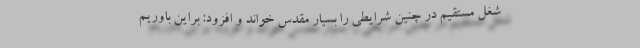
شغل مستقیم در چنین شرایطی را بسیار مقدس خواند و افزود: براین باوریم